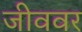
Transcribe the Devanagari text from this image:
जीववर